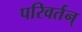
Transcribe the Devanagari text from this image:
परिवर्तन्